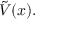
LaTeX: { \tilde { V } } ( x ) .